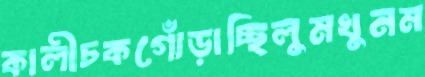
কালীচকগোঁড়াচ্ছিলুমখুনম